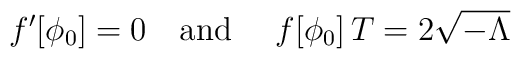
f'[\phi_0]=0 \ \ \ \mbox{and } \ \ \ f[\phi_0]\, T = 2 \sqrt{-\Lambda}